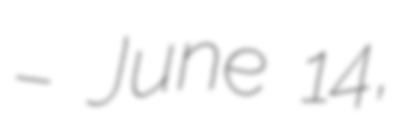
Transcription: – June 14,